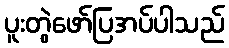
ပူးတွဲဖော်ပြအပ်ပါသည်